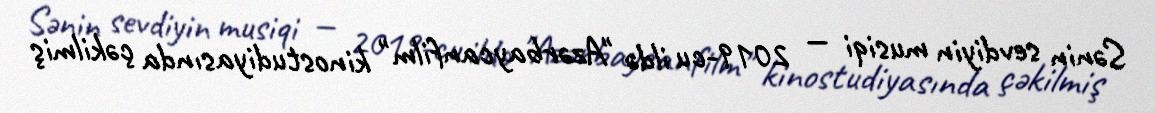
Sənin sevdiyin musiqi — 2019-cu ildə "Azərbaycanfilm" kinostudiyasında çəkilmiş